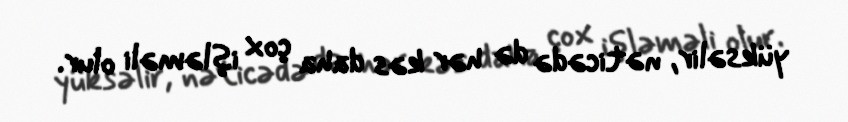
yüksəlir, nəticədə də hər kəs daha çox işləməli olur.